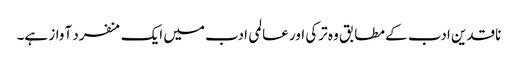
ناقدین ادب کے مطابق وہ ترکی اور عالمی ادب میں ایک منفرد آواز ہے۔